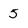
Character: 5